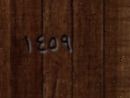
١٤٥٩